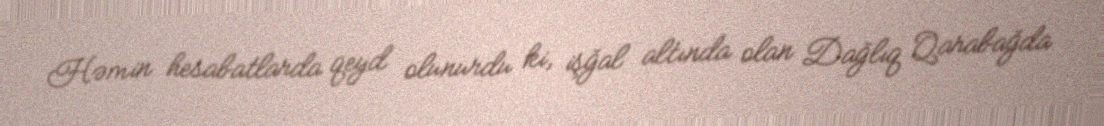
Həmin hesabatlarda qeyd olunurdu ki, işğal altında olan Dağlıq Qarabağda